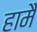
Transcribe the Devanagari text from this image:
हामै